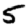
Digit: 5